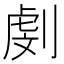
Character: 㓺